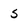
Character: 5